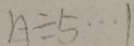
n \div 5 \cdots 1